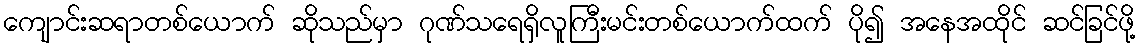
ကျောင်းဆရာတစ်ယောက် ဆိုသည်မှာ ဂုဏ်သရေရှိလူကြီးမင်းတစ်ယောက်ထက် ပို၍ အနေအထိုင် ဆင်ခြင်ဖို့